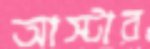
আস্টার